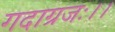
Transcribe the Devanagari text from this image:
गदाग्रजः।।